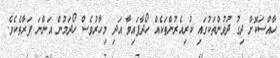
ހާއްސަކޮށް ދިގު ދުވުންތަކުގައި ކުރިއެރުންތަކެއް ހޯދާފައިވާ އަދި މިހާރުވެސް ހޯދަމުން އަންނަ ފަރާތެކެވެ.